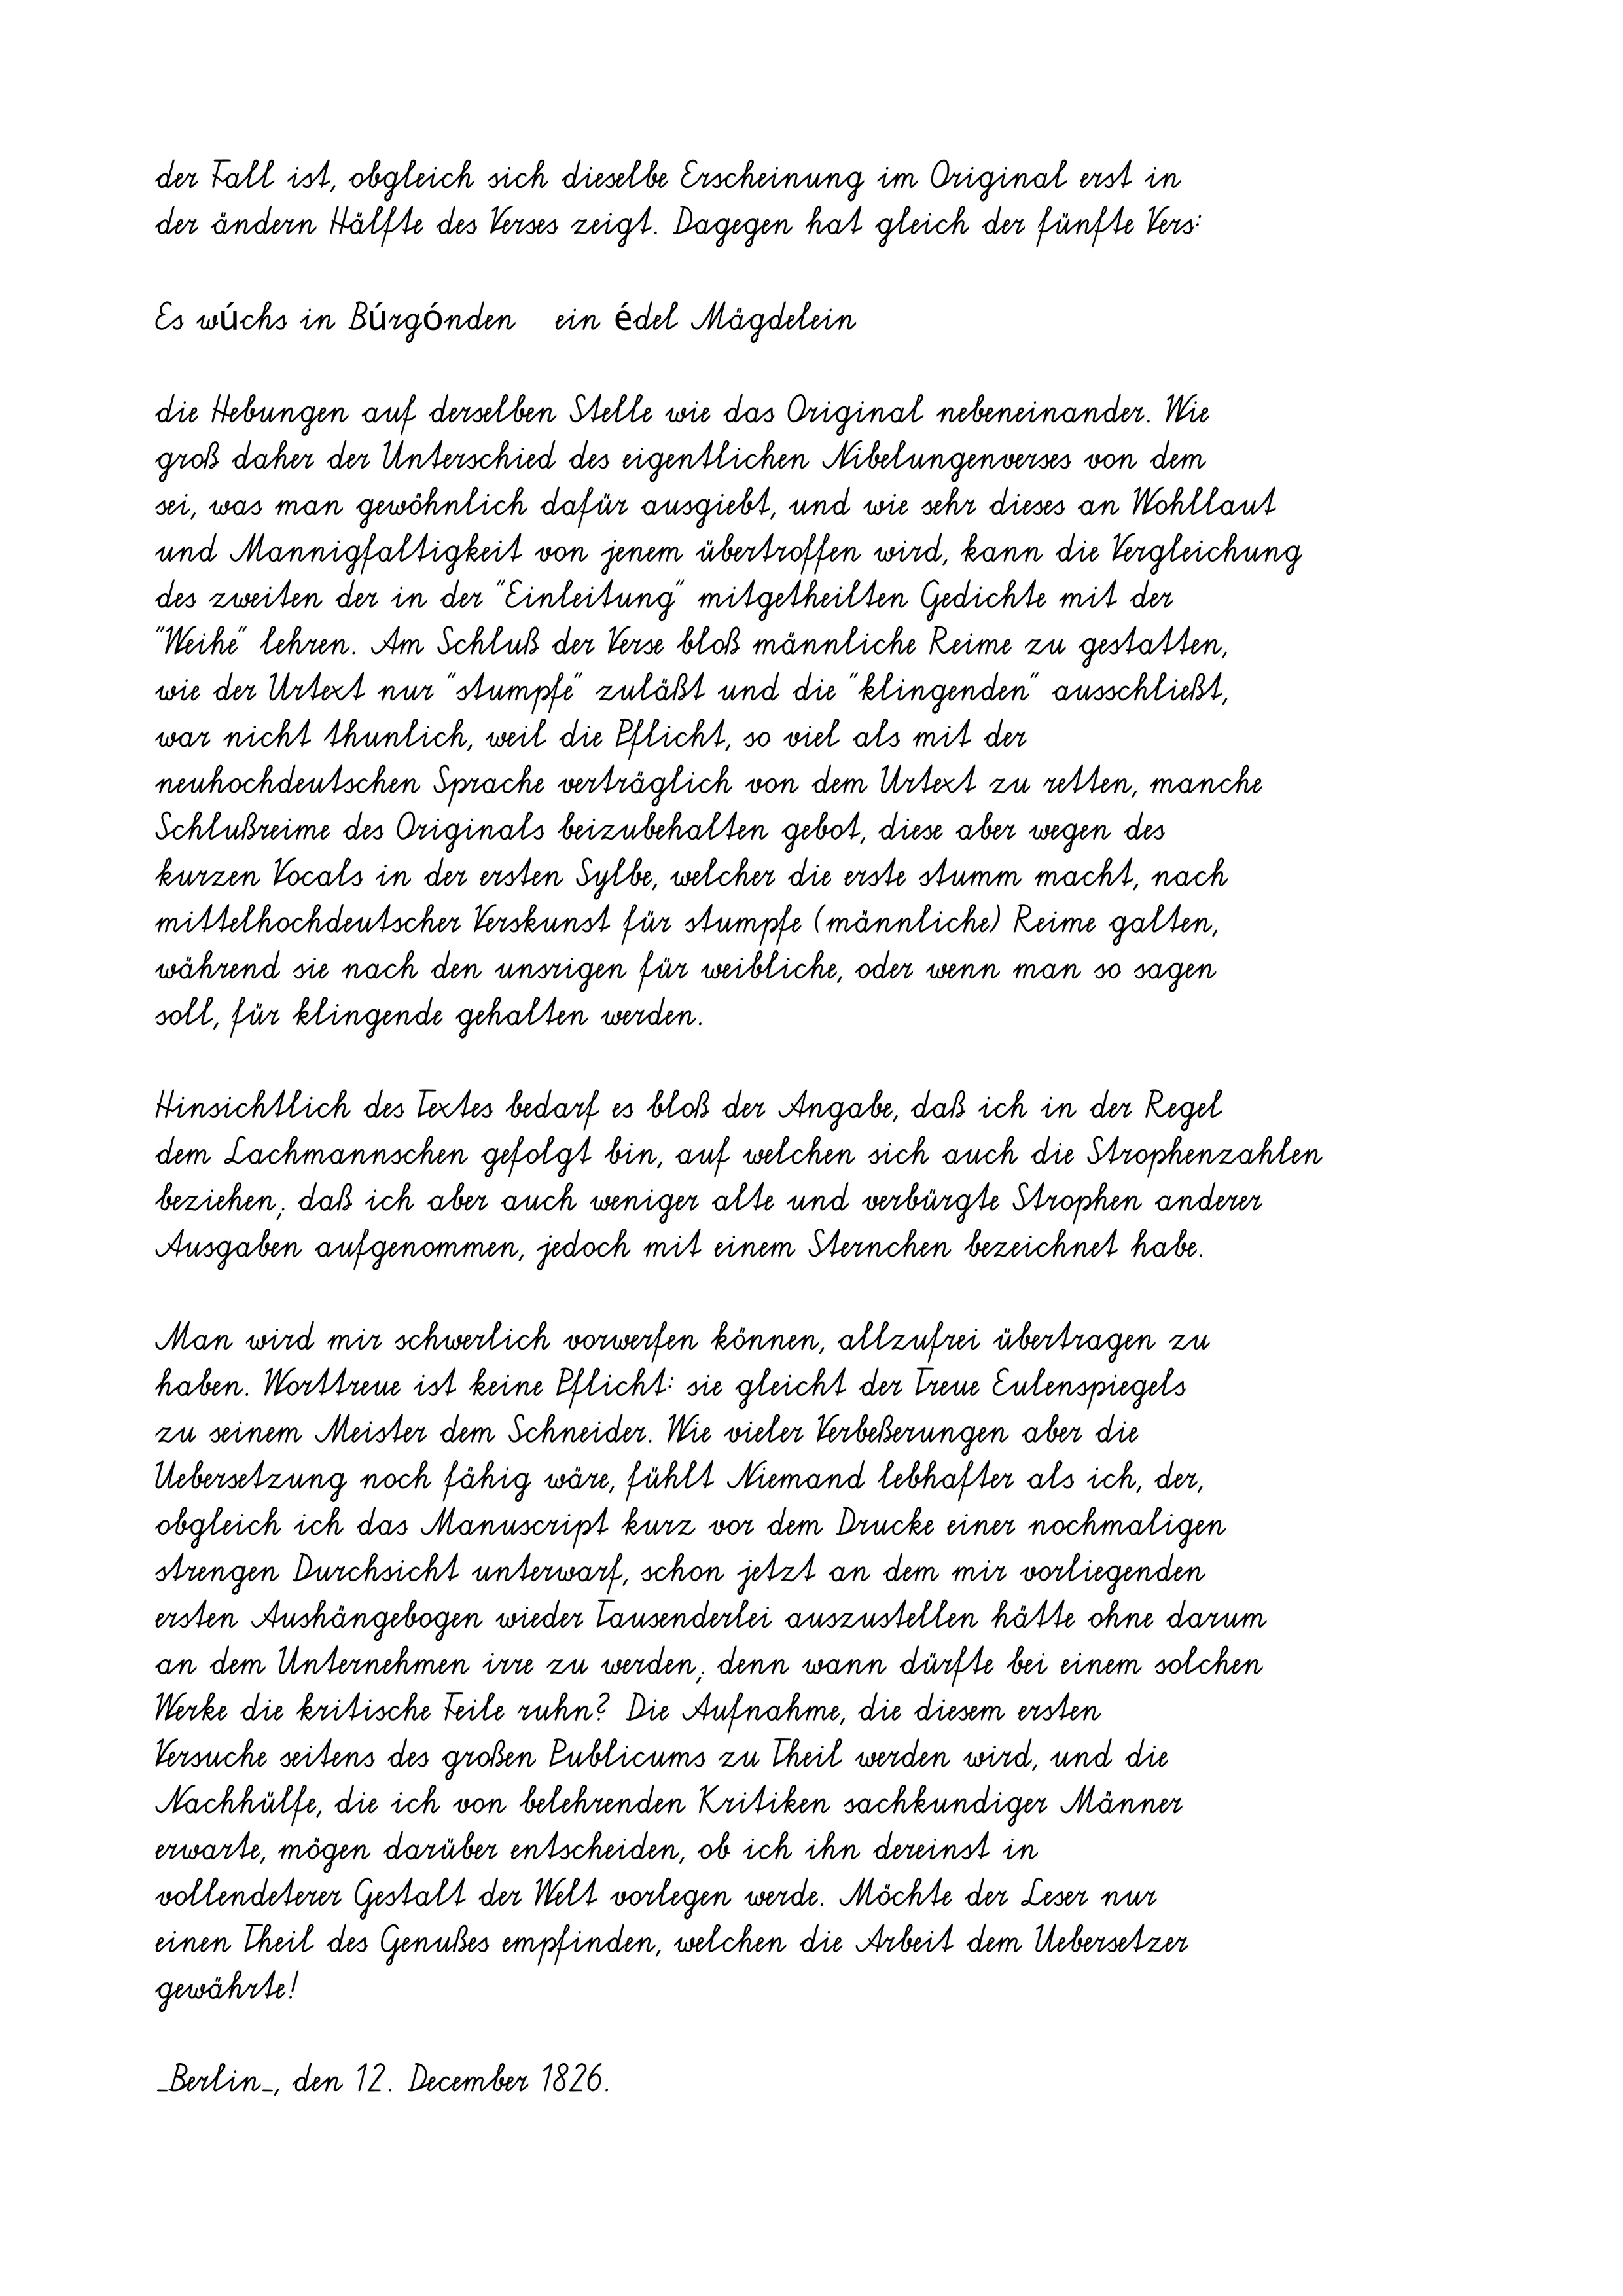
der Fall ist, obgleich sich dieselbe Erscheinung im Original erst in
der ändern Hälfte des Verses zeigt. Dagegen hat gleich der fünfte Vers:
Es wúchs in Búrgónden   ein édel Mägdelein
die Hebungen auf derselben Stelle wie das Original nebeneinander. Wie
groß daher der Unterschied des eigentlichen Nibelungenverses von dem
sei, was man gewöhnlich dafür ausgiebt, und wie sehr dieses an Wohllaut
und Mannigfaltigkeit von jenem übertroffen wird, kann die Vergleichung
des zweiten der in der "Einleitung" mitgetheilten Gedichte mit der
"Weihe" lehren. Am Schluß der Verse bloß männliche Reime zu gestatten,
wie der Urtext nur "stumpfe" zuläßt und die "klingenden" ausschließt,
war nicht thunlich, weil die Pflicht, so viel als mit der
neuhochdeutschen Sprache verträglich von dem Urtext zu retten, manche
Schlußreime des Originals beizubehalten gebot, diese aber wegen des
kurzen Vocals in der ersten Sylbe, welcher die erste stumm macht, nach
mittelhochdeutscher Verskunst für stumpfe (männliche) Reime galten,
während sie nach den unsrigen für weibliche, oder wenn man so sagen
soll, für klingende gehalten werden.
Hinsichtlich des Textes bedarf es bloß der Angabe, daß ich in der Regel
dem Lachmannschen gefolgt bin, auf welchen sich auch die Strophenzahlen
beziehen; daß ich aber auch weniger alte und verbürgte Strophen anderer
Ausgaben aufgenommen, jedoch mit einem Sternchen bezeichnet habe.
Man wird mir schwerlich vorwerfen können, allzufrei übertragen zu
haben. Worttreue ist keine Pflicht: sie gleicht der Treue Eulenspiegels
zu seinem Meister dem Schneider. Wie vieler Verbeßerungen aber die
Uebersetzung noch fähig wäre, fühlt Niemand lebhafter als ich, der,
obgleich ich das Manuscript kurz vor dem Drucke einer nochmaligen
strengen Durchsicht unterwarf, schon jetzt an dem mir vorliegenden
ersten Aushängebogen wieder Tausenderlei auszustellen hätte ohne darum
an dem Unternehmen irre zu werden; denn wann dürfte bei einem solchen
Werke die kritische Feile ruhn? Die Aufnahme, die diesem ersten
Versuche seitens des großen Publicums zu Theil werden wird, und die
Nachhülfe, die ich von belehrenden Kritiken sachkundiger Männer
erwarte, mögen darüber entscheiden, ob ich ihn dereinst in
vollendeterer Gestalt der Welt vorlegen werde. Möchte der Leser nur
einen Theil des Genußes empfinden, welchen die Arbeit dem Uebersetzer
gewährte!
_Berlin_, den 12. December 1826.